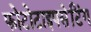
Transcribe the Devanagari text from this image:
फोटोटाइपसेटिंग